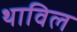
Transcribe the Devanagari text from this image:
थाविल